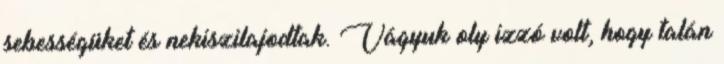
sebességüket és nekiszilajodtak. Vágyuk oly izzó volt, hogy talán